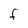
Character: F